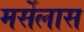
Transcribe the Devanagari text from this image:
मर्सेलास